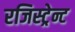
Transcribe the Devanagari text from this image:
रजिस्ट्रेन्ट